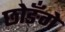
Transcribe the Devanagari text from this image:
छोङँगे